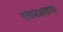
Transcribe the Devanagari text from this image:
संख्याशास्त्राचा